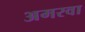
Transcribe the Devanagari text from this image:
अमरवा